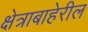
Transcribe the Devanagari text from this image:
क्षेत्राबाहेरील